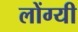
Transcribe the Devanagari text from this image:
लोंग्यी